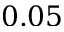
0 . 0 5